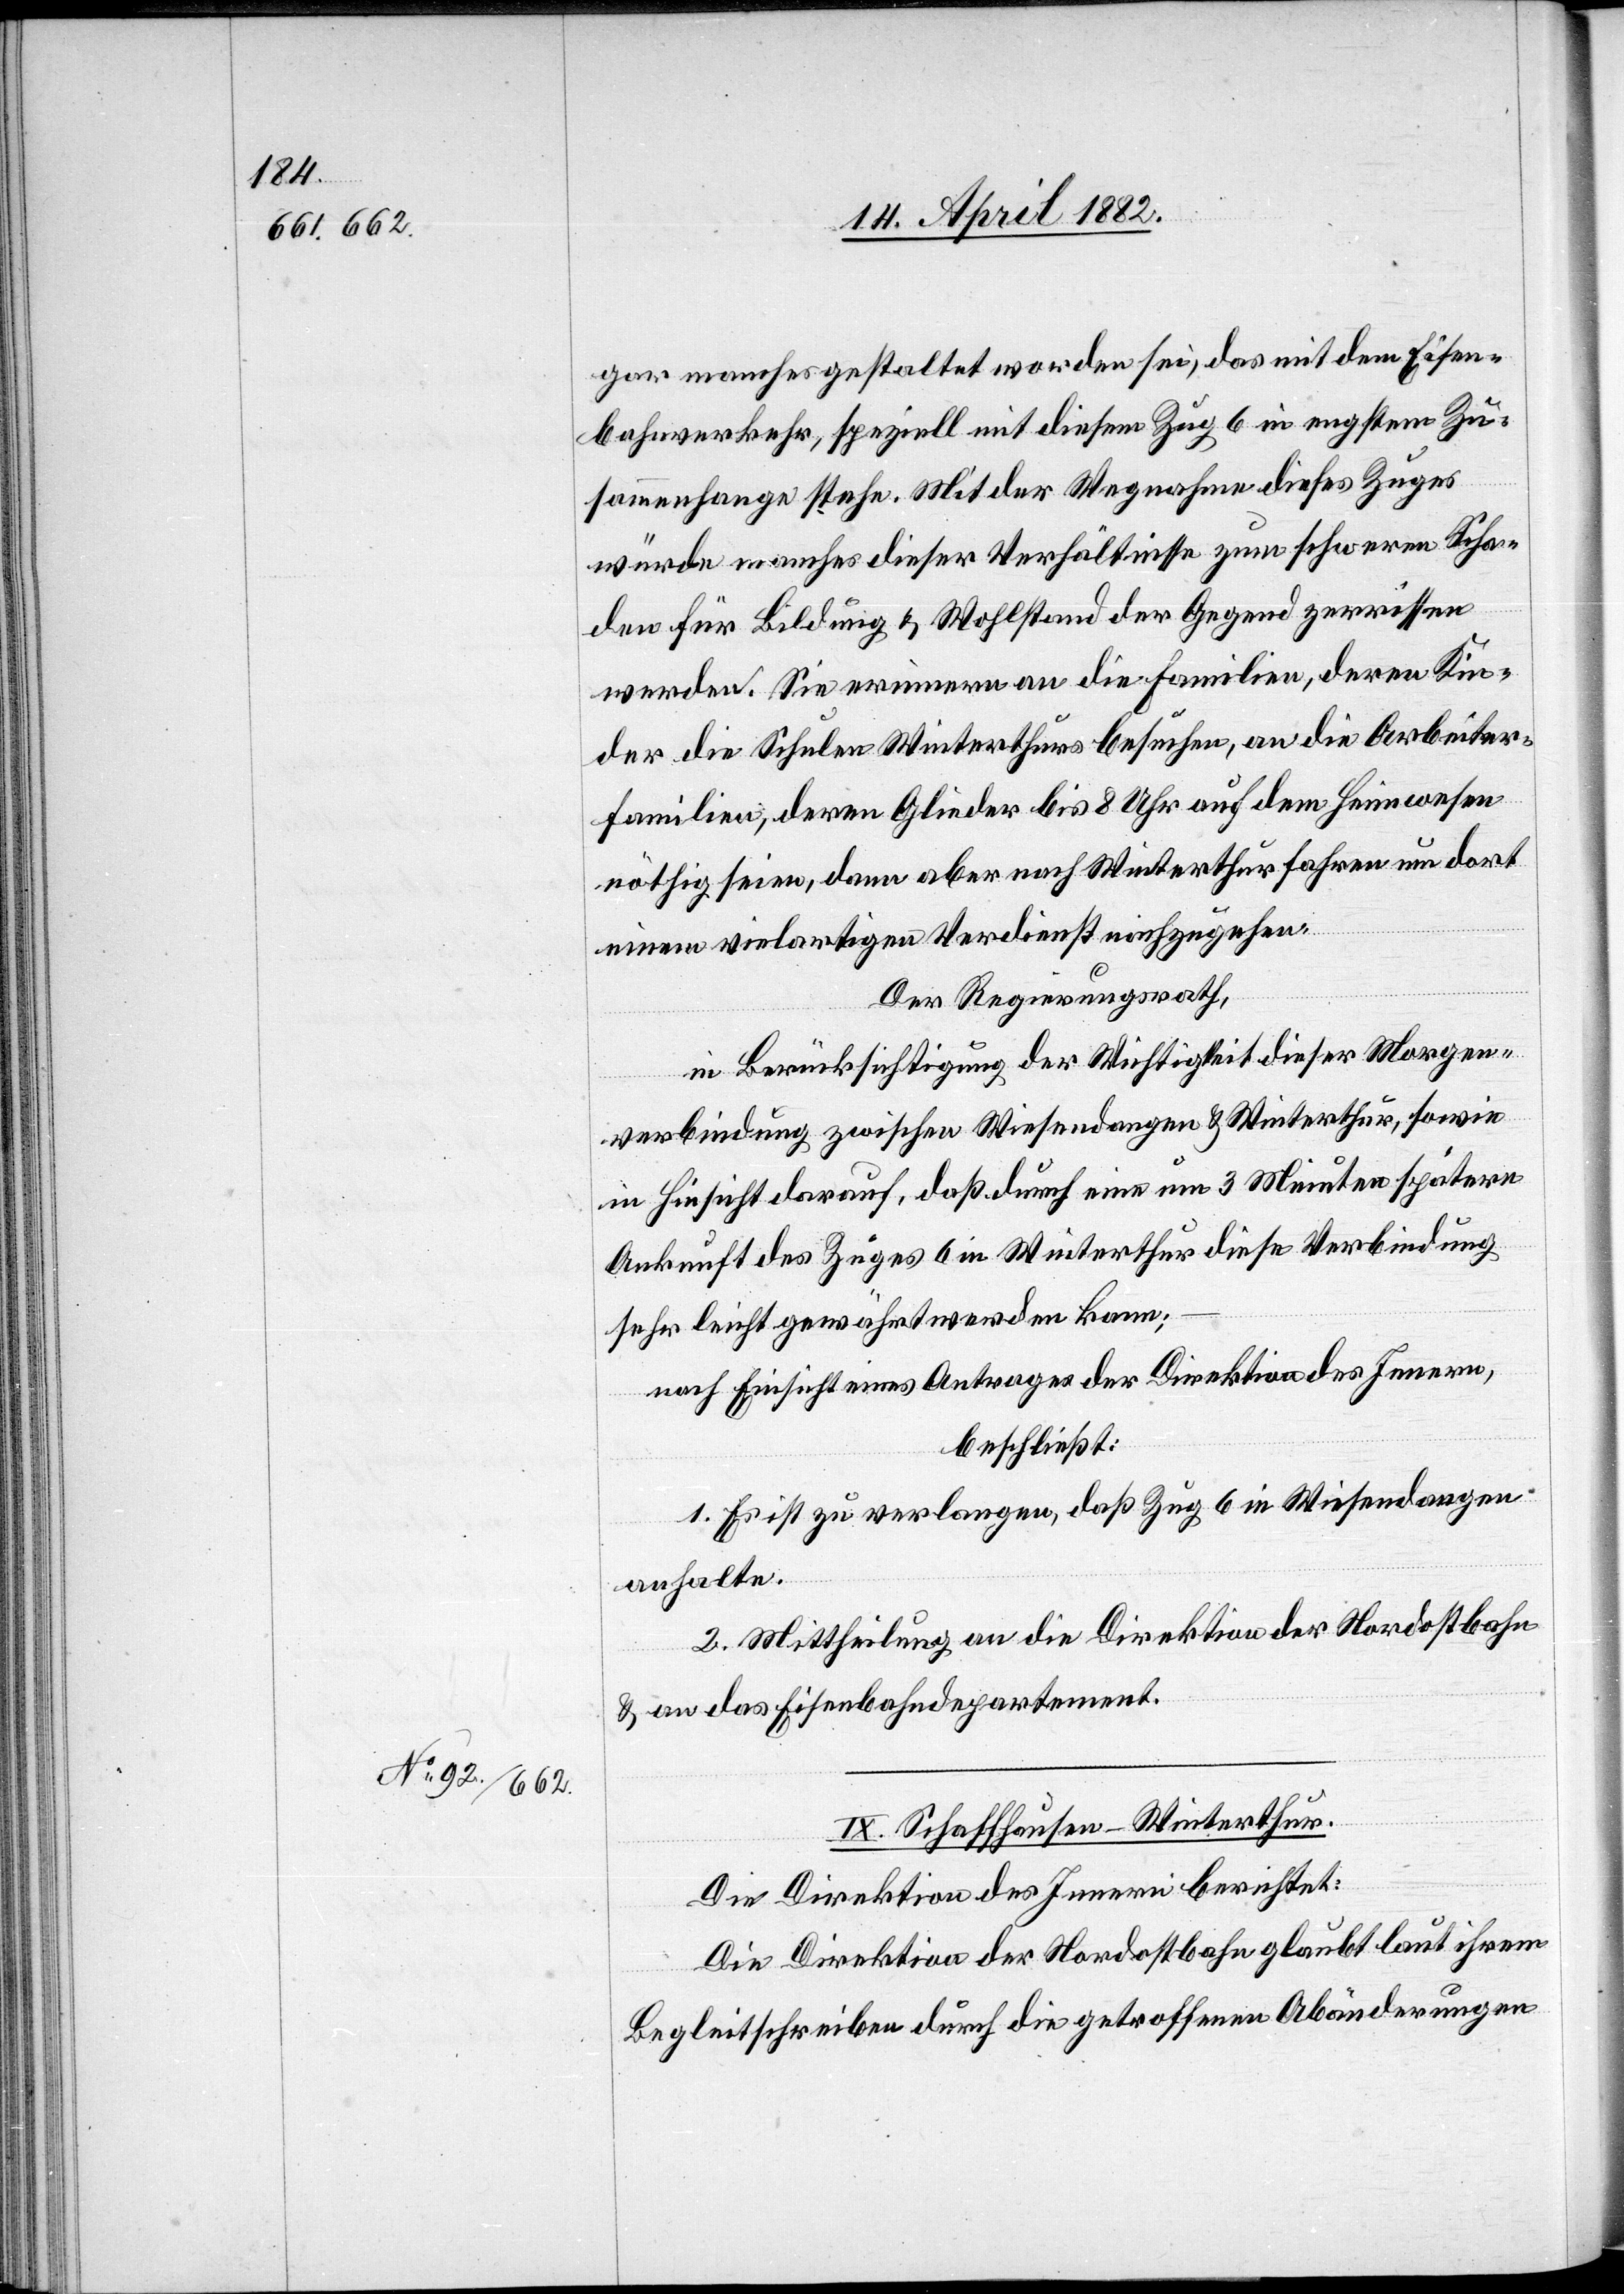
gar manches gestaltet worden sei, das mit dem Eisen¬
bahnverkehr, speziell mit diesem Zug 6 in engstem Zu¬
sammenhange stehe. Mit der Wegnahme dieses Zuges
würde manches dieser Verhältnisse zum schweren Scha¬
den für Bildung & Wohlstand der Gegend zerrissen
werden. Sie erinnern an die Familien, deren Kin¬
der die Schulen Winterthurs besuchen, an die Arbeiter¬
familien, deren Glieder bis 8 Uhr auf dem Heimwesen
nöthig seien, dann aber nach Winterthur fahren um dort
einem vielartigen Verdienst nachzugehen.
Der Regierungsrath,
in Berücksichtigung der Wichtigkeit dieser Morgen¬
verbindung zwischen Wiesendangen & Winterthur, sowie
in Hinsicht darauf, daß durch eine um 3 Minuten spätere
Ankunft des Zuges 6 in Winterthur diese Verbindung
sehr leicht gewährt werden kann;
beschließt:
1. Es ist zu verlangen, daß Zug 6 in Wiesendangen
anhalte.
2. Mittheilung an die Direktion der Nordostbahn
& an das Eisenbahndepartement.
IX. Schaffhausen–Winterthur.
Die Direktion des Innern berichtet:
Die Direktion der Nordostbahn glaubt laut ihrem
Begleitschreiben durch die getroffenen Abänderungen